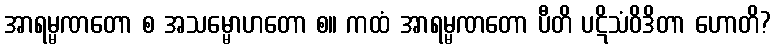
အာရမ္မဏတော စ အသမ္မောဟတော စ။ ကထံ အာရမ္မဏတော ပီတိ ပဋိသံဝိဒိတာ ဟောတိ?